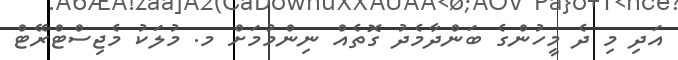
އަދި މި ދެ މީހުންގެ ބަންދާމެދު ގޮތެއް ނިންމުމަށް މ. މުލަކު މެޖިސްޓްރޭޓް